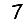
Digit: 7